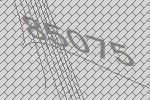
85075